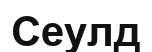
Сеулд